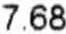
7.68